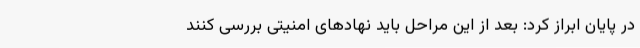
در پایان ابراز کرد: بعد از این مراحل باید نهادهای امنیتی بررسی کنند